Annual report on the working of the lock hospitals in the North-Western Provinces and Oudh
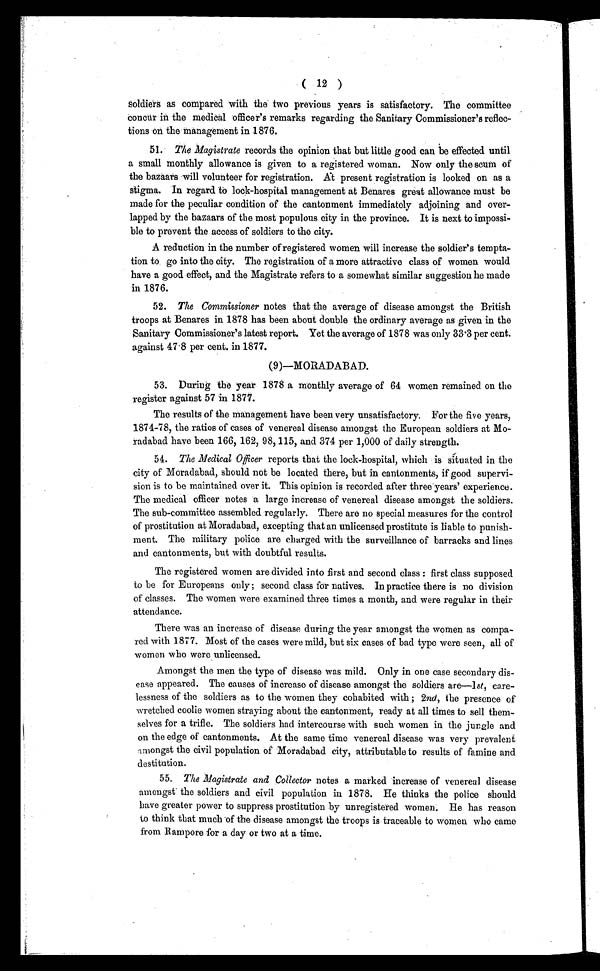
( 12 )
soldiers as compared with the two previous years is satisfactory. The committee
concur in the medical officer's remarks regarding the Sanitary Commissioner's reflec-
tions on the management in 1876.
51. The Magistrate records the opinion that but little good can be effected until
a small monthly allowance is given to a registered woman. Now only the scum of
the bazaars will volunteer for registration. At present registration is looked on as a
stigma. In regard to lock-hospital management at Benares great allowance must be
made for the peculiar condition of the cantonment immediately adjoining and over-
lapped by the bazaars of the most populous city in the province. It is next to impossi-
ble to prevent the access of soldiers to the city.
A reduction in the number of registered women will increase the soldier's tempta-
tion to, go into the city. The registration of a more attractive class of women would
have a good effect, and the Magistrate refers to a somewhat similar suggestion he made
in 1876.
52. The Commissioner notes that the average of disease amongst the British
troops at Benares in 1878 has been about double the ordinary average as given in the
Sanitary Commissioner's latest report. Yet the average of 1878 was only 33.3 per cent.
against 47 . 8 per cent. in 1877.
(9)—MORADABAD.
53. During the year 1878 a monthly average of 64 women remained on the
register against 57 in 1877.
The results of the management have been very unsatisfactory. For the five years,
1874-78, the ratios of cases of venereal disease amongst the European soldiers at Mo-
radabad have been 166, 162, 98, 115, and 374 per 1,000 of daily strength.
54. The Medical Officer reports that the lock-hospital, which is situated in the
city of Moradabad, should not be located there, but in cantonments, if good supervi-
sion is to be maintained over it. This opinion is recorded after three years' experience.
The medical officer notes a large increase of venereal disease amongst the soldiers.
The sub-committee assembled regularly. There are no special measures for the control
of prostitution at Moradabad, excepting that an unlicensed prostitute is liable to punish-
ment. The military police are charged with the surveillance of barracks and lines
and cantonments, but with doubtful results.
The registered women are divided into first and second class: first class supposed
to be for Europeans only; second class for natives. In practice there is no division
of classes. The women were examined three times a month, and were regular in their
attendance.
There was an increase of disease during the year amongst the women as compa-
red with 1877. Most of the cases were mild, but six cases of bad type were seen, all of
women who were unlicensed.
Amongst the men the type of disease was mild. Only in one case secondary dis-
ease appeared. The causes of increase of disease amongst the soldiers are—1st, care-
lessness of the soldiers as to the women they cohabited with; 2nd, the presence of
wretched coolie women straying about the cantonment, ready at all times to sell them-
selves for a trifle. The soldiers had intercourse with such women in the jungle and
on the edge of cantonments. At the same time venereal disease was very prevalent
-amongst the civil population of Moradabad city, attributable to results of famine and
destitution.
55. The Magistrate and Collector notes a marked increase of venereal disease
amongst the soldiers and civil population in 1878. He thinks the police should
have greater power to suppress prostitution by unregistered women. He has reason
to think that much of the disease amongst the troops is traceable to women who came
from Rampore for a day or two at a time.